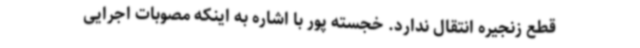
قطع زنجیره انتقال ندارد. خجسته پور با اشاره به اینکه مصوبات اجرایی